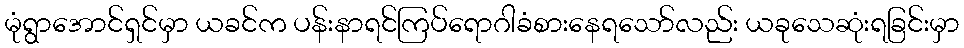
မုံရွာအောင်ရှင်မှာ ယခင်က ပန်းနာရင်ကြပ်ရောဂါခံစားနေရသော်လည်း ယခုသေဆုံးရခြင်းမှာ